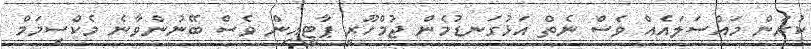
ކުރަން މައްސަލައެއް ވެސް ނެތް އަޅުގަނޑުމެން ޖުމްހޫރީ ޕާޓީއިން ވެސް ބޭނުންވާނެ މެކްސިމަމް